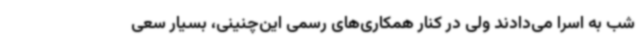
شب به اسرا می‌دادند ولی در کنار همکاری‌های رسمی این‌چنینی، بسیار سعی